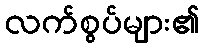
လက်စွပ်များ၏